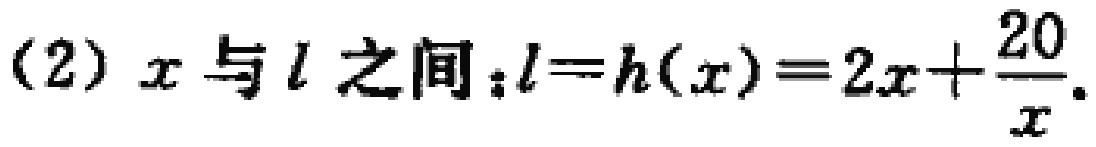
(2) \(x\)与\(l\)之间：\(l = h(x)=2x+\frac{20}{x}\)